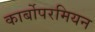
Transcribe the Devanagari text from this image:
कार्बोपरमियन